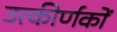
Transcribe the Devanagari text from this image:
उत्‍कीर्णकों